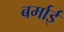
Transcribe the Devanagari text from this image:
बर्माई